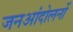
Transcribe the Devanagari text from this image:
जनआंदोलनों